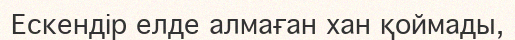
Ескендір елде алмаған хан қоймады,